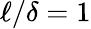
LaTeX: \ell/\delta=1